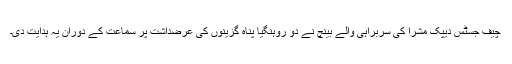
چیف جسٹس دیپک مشرا کی سربراہی والے بینچ نے دو روہنگیا پناہ گزینوں کی عرضداشت پر سماعت کے دوران یہ ہدایت دی۔